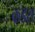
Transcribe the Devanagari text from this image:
कडरा